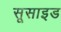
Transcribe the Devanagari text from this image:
सूसाइड